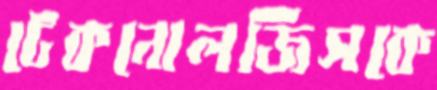
টেকনোলজিসকে